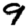
Digit: 9